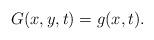
LaTeX: \begin{align*}G(x,y,t)=g(x,t).\end{align*}